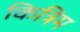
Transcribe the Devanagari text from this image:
कित्रिम